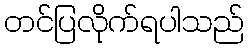
တင်ပြလိုက်ရပါသည်